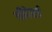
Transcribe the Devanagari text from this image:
नीदेरर्ड